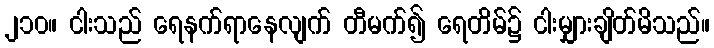
၂၁၀။ ငါးသည် ရေနက်ရာနေလျက် တီမက်၍ ရေတိမ်၌ ငါးမျှားချိတ်မိသည်။